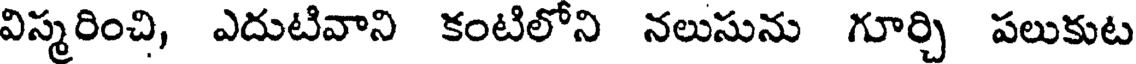
విస్మరించి, ఎదుటివాని కంటిలోని నలుసును గూర్చి పలుకుట